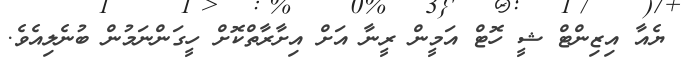
ޔެއާ އިޒިންޓް ޝީ ހޮޓް އަމީން ރީނާ އަށް އިށާރާތްކޮށް ހީގަންނަމުން ބުނެލިއެެވެ.